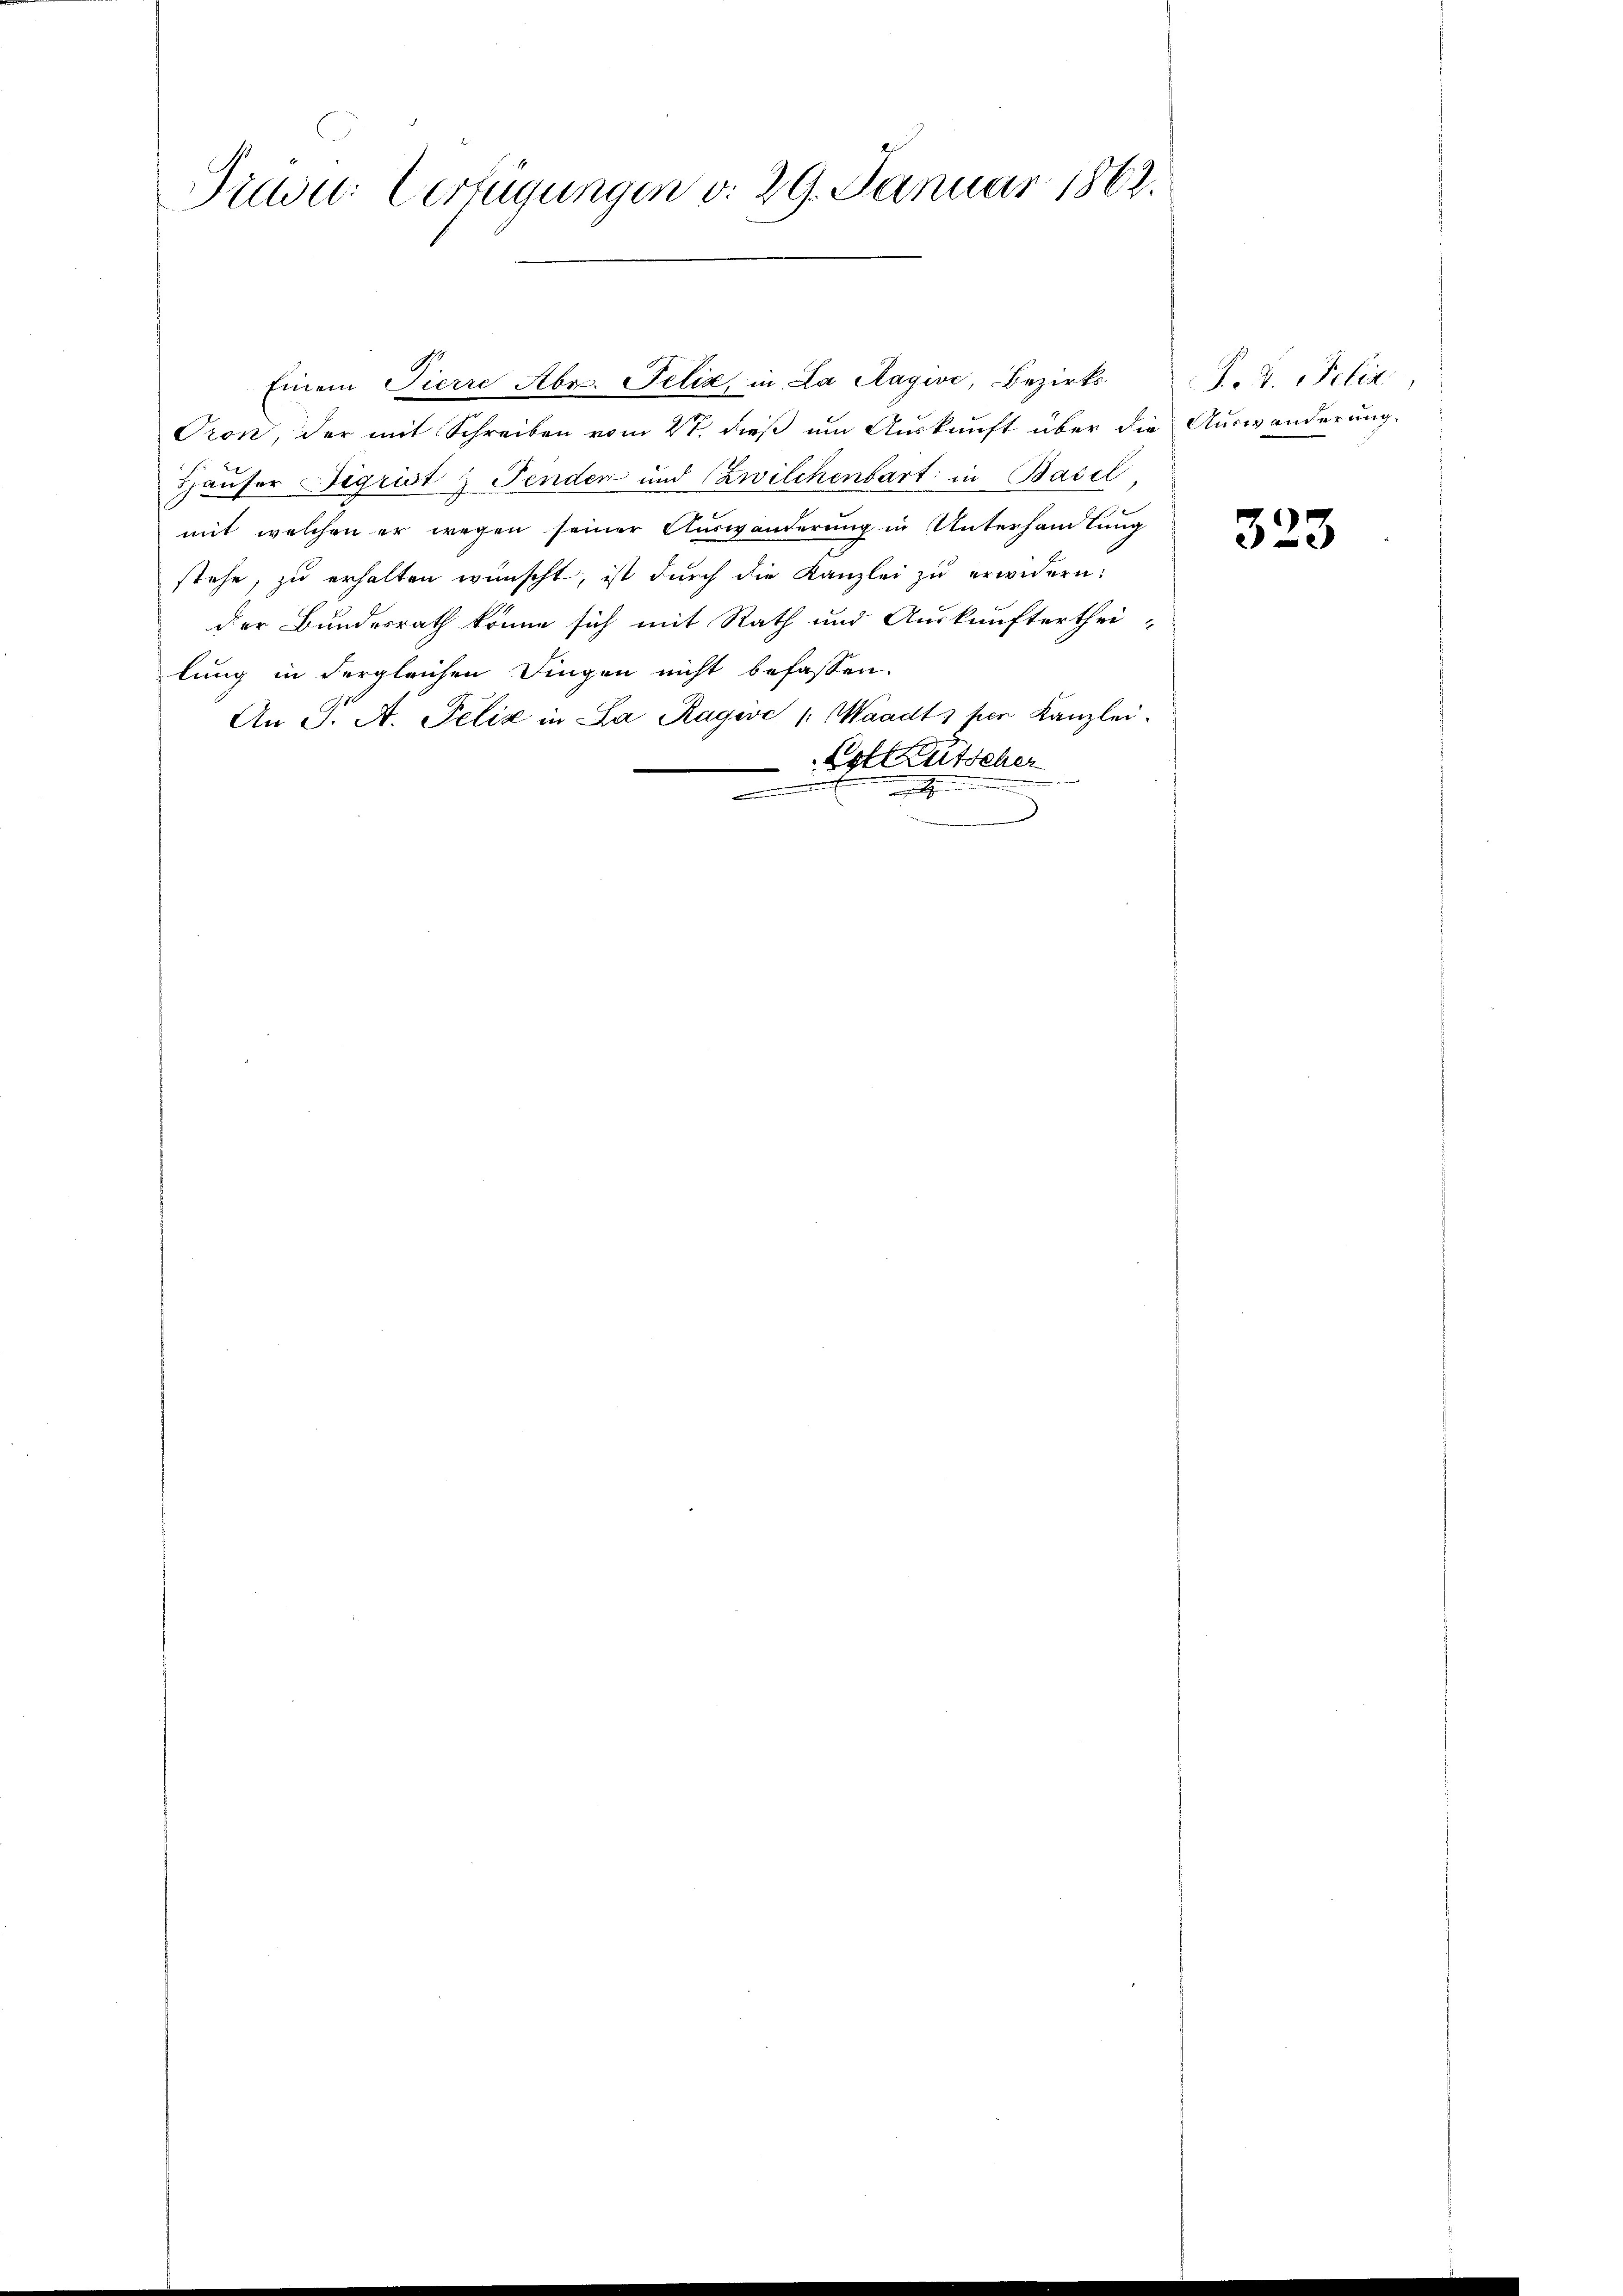
Sinen Verfügungen d. 29. Januar 1862.

Einem Pierre Abr. Felix in La Ragive, Bezirks
Pron, der mit Schreiben vom 2t. dieß um Auskunft über die Auswanderung.
Häuser Sigrist & Fenden und (Zwilchenbart in Basel,
mit welchen er wegen seiner Auswanderung in Unterhandlung
stehe, zu erhalten wünscht, ist durch die Kanzlei zu erwidern:
der Bundesrath könne sich mit Rath und Auskunftertheilung in dergleichen Dingen nicht befassen.
An J. A. Pelić in La Ragive /: Waadt) per Kanzlei.
Lotleütscher
a

P. V. Peler,

323